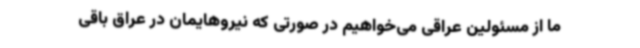
ما از مسئولین عراقی می‌خواهیم در صورتی که نیروهایمان در عراق باقی